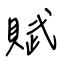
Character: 賦